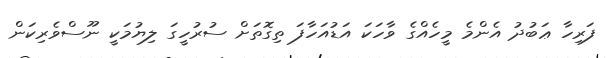
ފަރިހާ ޢަބުދު އެންމެ މީހެއްގެ ވާހަކަ އަޑުއަހާފަ ތިގޮތަށް ސުރުހީގަ ލިޔުމަކީ ނޫސްވެރިކަން